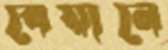
বেয়ানে